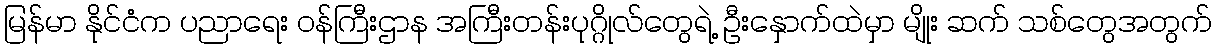
မြန်မာ နိုင်ငံက ပညာရေး ဝန်ကြီးဌာန အကြီးတန်းပုဂ္ဂိုလ်တွေရဲ့ ဦးနှောက်ထဲမှာ မျိုး ဆက် သစ်တွေအတွက်